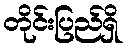
တိုင်းပြည်ရှိ